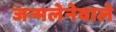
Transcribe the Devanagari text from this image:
जन्मलेनेवाले